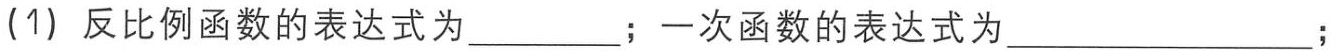
(1) 反比例函数的表达式为  ；一次函数的表达式为  ；